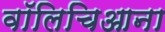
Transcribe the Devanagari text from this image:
वॉलिचिआना